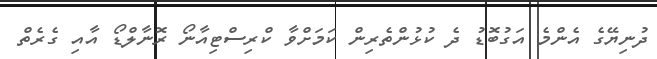
ދުނިޔޭގެ އެންމެ އަގުބޮޑު ދެ ކުޅުންތެރިން ކަމަށްވާ ކްރިސްޓިއާނޯ ރޮނާލްޑޯ އާއި ގެރެތް